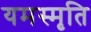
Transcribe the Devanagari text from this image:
यमस्मृति